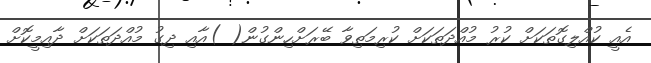
އެއީ ކުއްލިގޮތަކަށް ކުރު މުއްދަތަކަށް ކުރިމަތިވާ ބޭރަށްހިންގުން( )އާއި ދިގު މުއްދަތަކަށް ދާއިމީކޮށް